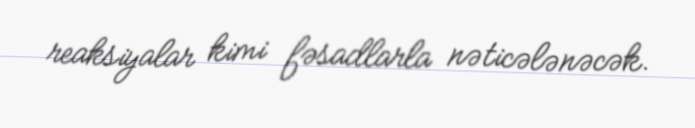
reaksiyalar kimi fəsadlarla nəticələnəcək.